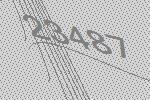
23487